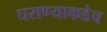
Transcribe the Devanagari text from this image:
घराण्याकडेच